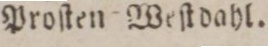
Proſten=Weſtdahl.